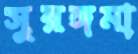
সুরঙ্গমা